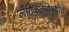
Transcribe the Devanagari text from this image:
लैंगिकतेविषयीचे